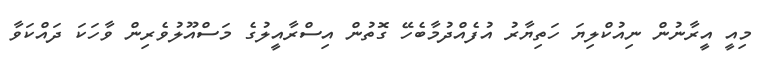
މިއީ އީރާނުން ނިއުކްލިޔަ ހަތިޔާރު އުފެއްދުމާބެހޭ ގޮތުން އިސްރާއީލުގެ މަސްއޫލުވެރިން ވާހަކަ ދައްކަވާ